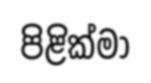
පිළික්මා